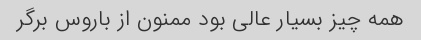
همه چیز بسیار عالی بود ممنون از باروس برگر